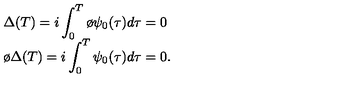
\begin{array} { l } { \Delta ( T ) = i \displaystyle \int _ { 0 } ^ { T } \o { \psi } _ { 0 } ( \tau ) d \tau = 0 } \\ { \o { \Delta } ( T ) = i \displaystyle \int _ { 0 } ^ { T } \psi _ { 0 } ( \tau ) d \tau = 0 . } \\ \end{array}